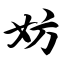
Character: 妨